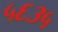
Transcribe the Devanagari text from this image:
५६३५